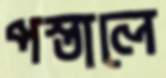
পস্তালে